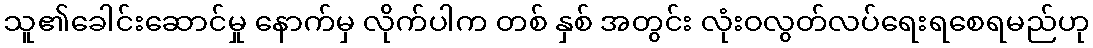
သူ၏ခေါင်းဆောင်မှု နောက်မှ လိုက်ပါက တစ် နှစ် အတွင်း လုံးဝလွတ်လပ်ရေးရစေရမည်ဟု